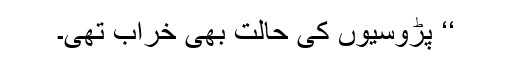
‘‘ پڑوسیوں کی حالت بھی خراب تھی۔